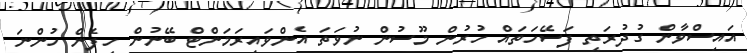
އައިސްވާން ގުދުރަތީ ފަސޭހަތައް ހުރުން މޫސުން ނުވަތަ އެންވައިރަމަންޓް ބޭނުން ހިފެން ހުންނަ